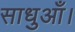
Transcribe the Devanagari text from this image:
साधुआँ।